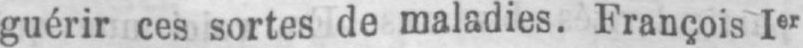
guérir ces sortes de maladies. François Ier